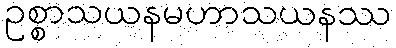
ဥစ္စာသယနမဟာသယနဿ